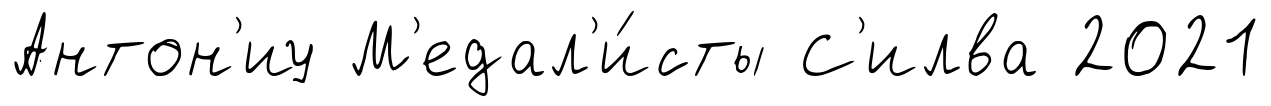
Антон'иу М'едал'и́сты С'илва 2021